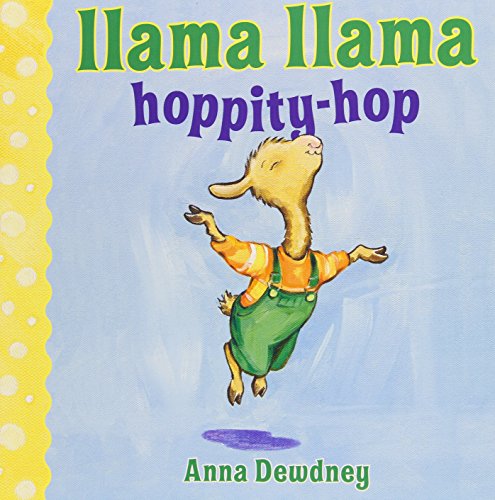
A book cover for Llama Llama Hoppity-Hop; Anna Dewdney; Children's Books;